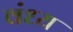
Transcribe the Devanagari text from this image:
वंध्य